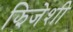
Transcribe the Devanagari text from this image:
झिजेशी